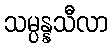
သမ္ပန္နသီလာ